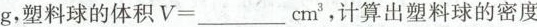
g，塑料球的体积$$V = ___ c m ^ { 3 }$$，计算出塑料球的密度